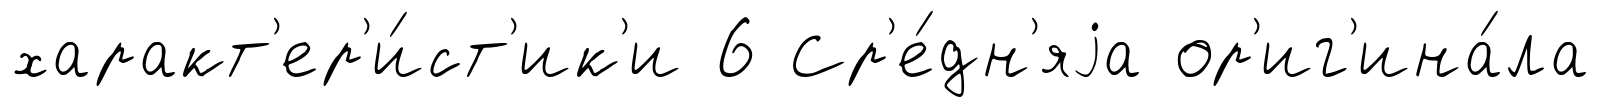
характ'ер'и́ст'ик'и 6 Ср'е́дн'яjа ор'иг'ина́ла